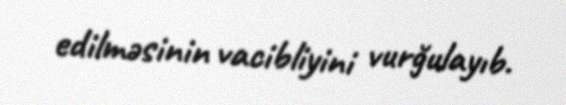
edilməsinin vacibliyini vurğulayıb.